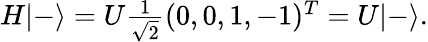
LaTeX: \begin{array}{r}{H|-\rangle=U\frac{1}{\sqrt{2}}(0,0,1,-1)^{T}=U|-\rangle.}\end{array}